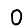
Digit: 0